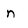
Character: n